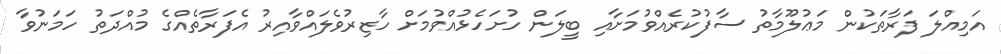
އަމިއްލަ ފަރާތަކުން މަޢުލޫމާތު ސާފުކުރެއްވުމަށާއި ބީލަން ހުށަހެޅުއްވުމަށް ހާޒިރުވެލައްވާއިރު އެފަރާތެއްގެ މުއްދަތު ހަމަނުވާ